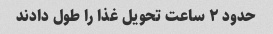
حدود ۲ ساعت تحویل غذا را طول دادند